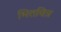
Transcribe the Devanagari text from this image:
भित्तचित्र